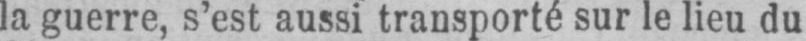
la guerre, s’est aussi transporté sur le lieu du